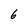
Character: 6